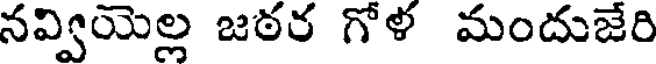
నవ్వియెల్ల జఠర గోళ మందుజేరి